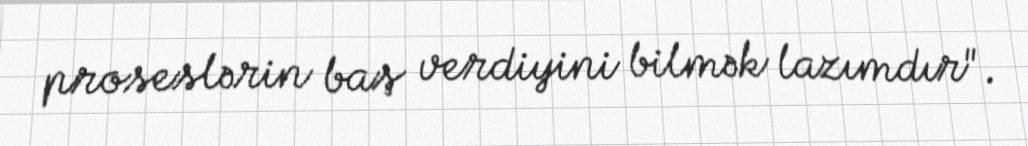
proseslərin baş verdiyini bilmək lazımdır".